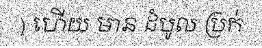
) ហើយ មាន ដំបូល ប្រក់